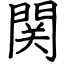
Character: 関